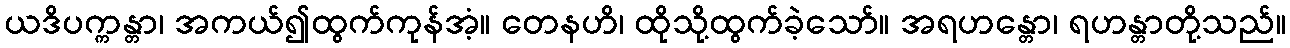
ယဒိပက္ကန္တာ၊ အကယ်၍ထွက်ကုန်အံ့။ တေနဟိ၊ ထိုသို့ထွက်ခဲ့သော်။ အရဟန္တော၊ ရဟန္တာတို့သည်။